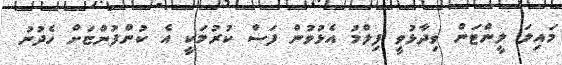
މައިލަ ލީންޓަން ވިދާޅުވީ ފިލްމު އެޅުވުން ފަސް ކުރުމަކީ އެ ކުންފުންޏަށް ހެދުނު